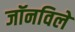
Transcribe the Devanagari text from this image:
जॉनविले